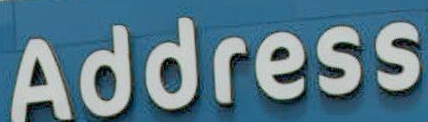
Address